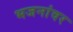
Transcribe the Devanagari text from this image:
भजनांवर